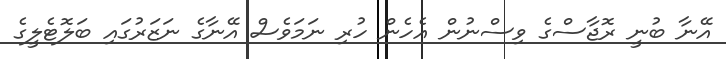
އޭނާ ބުނީ ރޮޖާސްގެ ވިސްނުން އެހެން ހުރި ނަމަވެސް އޭނާގެ ނަޒަރުގައި ބަލޮޓެލީގެ